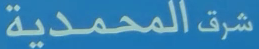
شرقالمحمدية